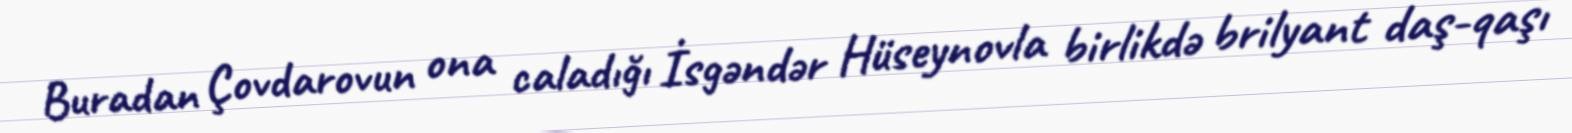
Buradan Çovdarovun ona caladığı İsgəndər Hüseynovla birlikdə brilyant daş-qaşı